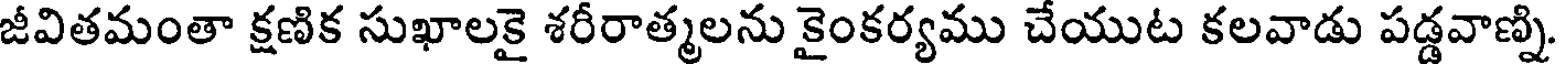
జీవితమంతా క్షణిక సుఖాలకై శరీరాత్మలను కైంకర్యము చేయుట కలవాడు పడ్డవాణ్ని